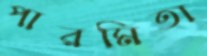
পারমিতা